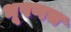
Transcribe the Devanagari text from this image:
भूषणच